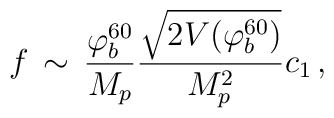
f \, \sim \, {{\varphi_b^{60}} \over {M_p}} {{\sqrt{2 V(\varphi_b^{60})}} \over {M_p^2}} c_1 \, ,